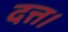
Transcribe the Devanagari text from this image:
दत्त।